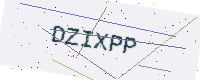
Text: DZIXPP